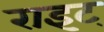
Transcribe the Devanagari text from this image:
राइट्‍